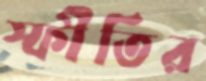
স্ফীতির